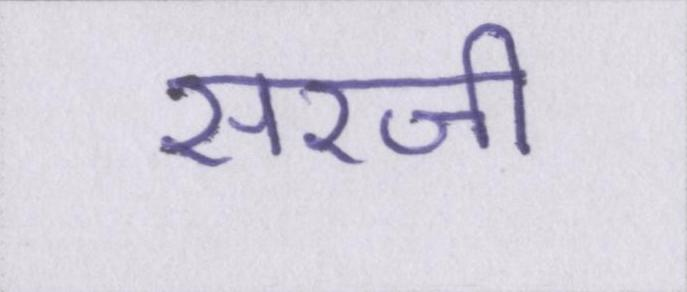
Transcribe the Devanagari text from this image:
सरजी